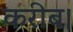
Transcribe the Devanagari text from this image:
करीब।